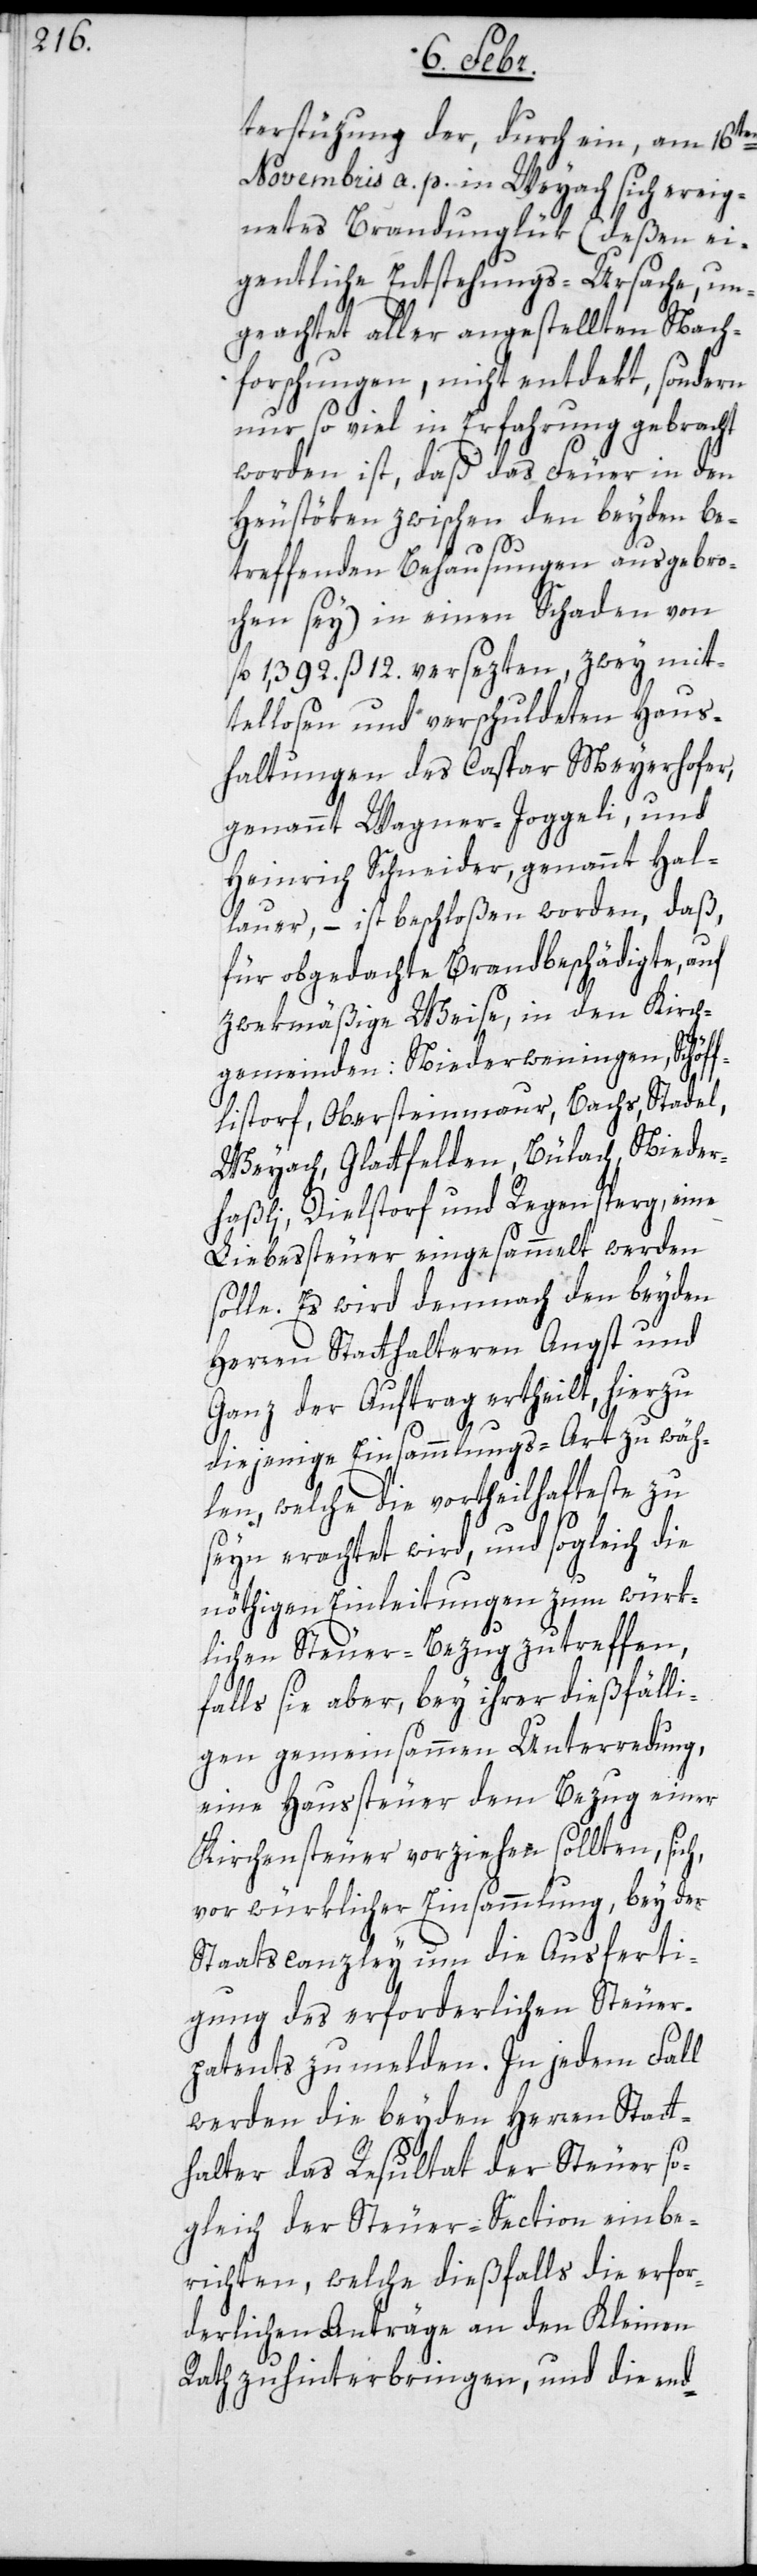
terstüzung der, durch ein, am 16ten
Novembris a. p. in Weyach sich ereig¬
netes Brandunglük (deßen ei¬
gentliche Entstehungs-Ursache, un¬
geachtet aller angestellten Nach¬
forschungen, nicht entdekt, sondern
nur soviel in Erfahrung gebracht
worden ist, daß das Feuer in den
Heustöken zwischen den beyden be¬
treffenden Behausungen ausgebro¬
chen sey), in einen Schaden von
fl. 1,392. ß 12. versezten, zwey mit¬
tellosen und verschuldeten Haus¬
haltungen des Caspar Meyerhofer,
genannt Wagner-Joggeli, und
Heinrich Schneider, genannt Hal¬
lauer, – ist beschloßen worden, daß,
für obgedachte Brandbeschädigte, auf
zwekmäßige Weise, in den Kirch¬
gemeinden Niederweningen, Schöff¬
listorf, Obersteinmaur, Bachs, Stadel,
Weyach, Glattfelden, Bülach, Nieder¬
haßli, Dielstorf und Regensperg, eine
Liebessteuer eingesammelt werden
solle. Es wird demnach den beyden
Herren Statthalteren Angst und
Ganz der Auftrag ertheilt, hierzu
diejeinge Einsammlungs-Art zu wäh¬
len, welche die vortheilhafteste zu
seyn erachtet wird, und sogleich die
nöthigen Einleitungen zum würk¬
lichen Steuer-Bezug zu treffen,
falls sie aber, bey ihrer dießfälli¬
gen gemeinsammen Unterredung,
eine Haussteuer dem Bezug einer
Kirchensteuer vorziehen sollten, sich,
vor würklicher Einsammlung, bey der
Staatscanzley um die Ausferti¬
gung des erforderlichen Steuer¬
patents zu melden. In jedem Fall
werden die beyden Herren Statt¬
halter das Resultat der Steuer so¬
gleich der Steuer-Section einbe¬
richten, welche dießfalls die erfor¬
derlichen Anträge an den Kleinen
Rath zu hinterbringen und die end-